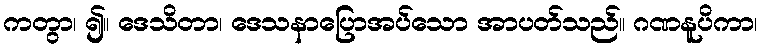
ကတွာ၊ ၍။ ဒေသိတာ၊ ဒေသနာပြောအပ်သော အာပတ်သည်။ ဂဏနူပိကာ၊